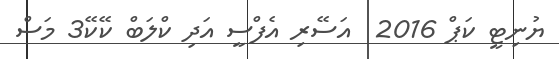
ޔުނިޓީ ކަޕް 2016  އަސޭރި އެފްސީ އަދި ކްލަބް ކޭކޭ3 މަސް